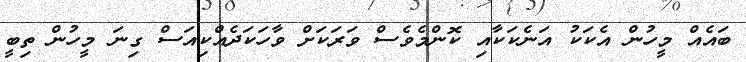
ބައެއް މީހުން އެކަކު އަނެކަކާއި ކޮންމެވެސް ވަރަކަށް ވާހަކަދެއްކިއަސް ގިނަ މީހުން ތިބީ